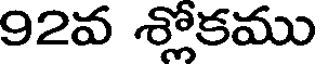
92వ శ్లోకము